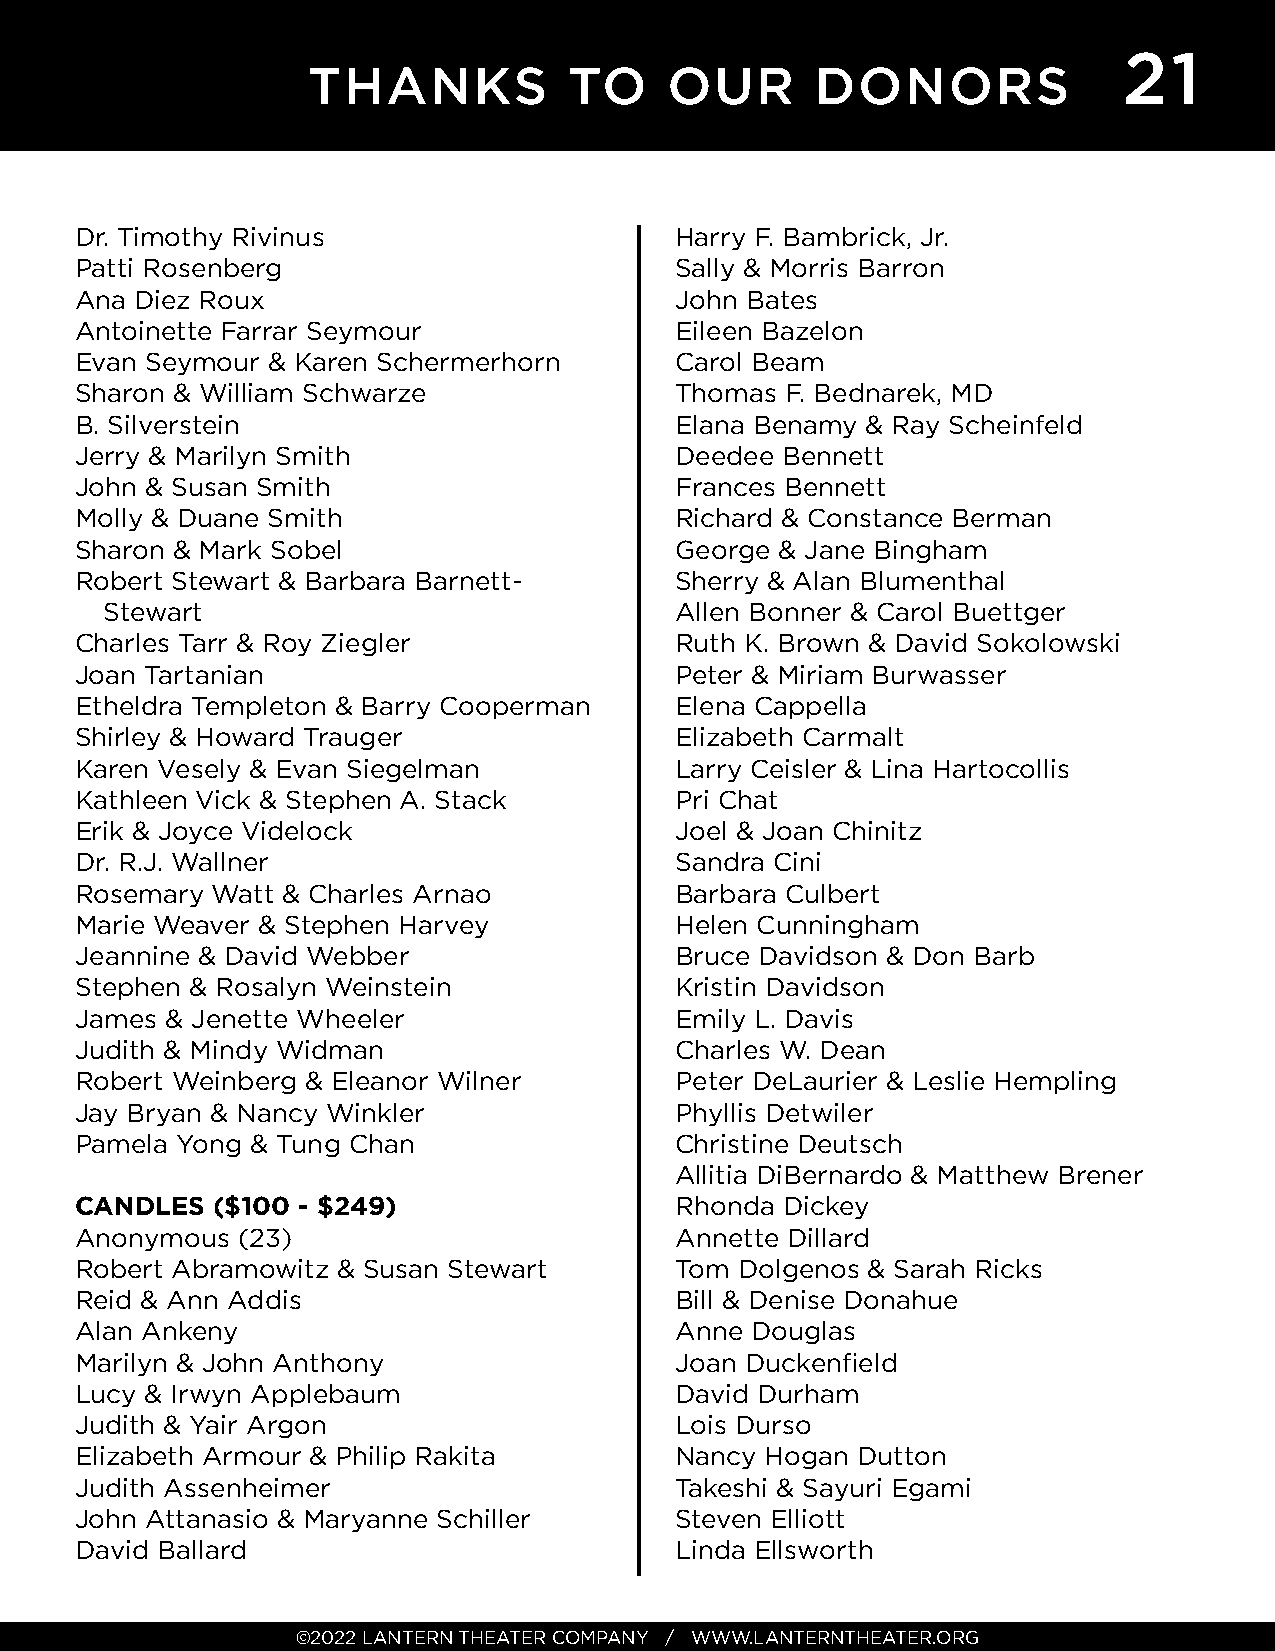
21
 THANKS            TO    OUR       DONORS
 Dr. Timothy Rivinus                     Harry F. Bambrick, Jr.
 Patti Rosenberg                         Sally & Morris Barron
 Ana Diez Roux                           John Bates
 Antoinette Farrar Seymour               Eileen Bazelon
 Evan Seymour & Karen Schermerhorn       Carol Beam
 Sharon & William Schwarze               Thomas F. Bednarek, MD
 B. Silverstein                          Elana Benamy & Ray Scheinfeld
 Jerry & Marilyn Smith                   Deedee Bennett
 John & Susan Smith                      Frances Bennett
 Molly & Duane Smith                     Richard & Constance Berman
 Sharon & Mark Sobel                     George & Jane Bingham
 Robert Stewart & Barbara Barnett-       Sherry & Alan Blumenthal
 Stewart                               Allen Bonner & Carol Buettger
 Charles Tarr & Roy Ziegler              Ruth K. Brown & David Sokolowski
 Joan Tartanian                          Peter & Miriam Burwasser
 Etheldra Templeton & Barry Cooperman    Elena Cappella
 Shirley & Howard Trauger                Elizabeth Carmalt
 Karen Vesely & Evan Siegelman           Larry Ceisler & Lina Hartocollis
 Kathleen Vick & Stephen A. Stack        Pri Chat
 Erik & Joyce Videlock                   Joel & Joan Chinitz
 Dr. R.J. Wallner                        Sandra Cini
 Rosemary Watt & Charles Arnao           Barbara Culbert
 Marie Weaver & Stephen Harvey           Helen Cunningham
 Jeannine & David Webber                 Bruce Davidson & Don Barb
 Stephen & Rosalyn Weinstein             Kristin Davidson
 James & Jenette Wheeler                 Emily L. Davis
 Judith & Mindy Widman                   Charles W. Dean
 Robert Weinberg & Eleanor Wilner        Peter DeLaurier & Leslie Hempling
 Jay Bryan & Nancy Winkler               Phyllis Detwiler
 Pamela Yong & Tung Chan                 Christine Deutsch
 Allitia DiBernardo & Matthew Brener
 CANDLES  ($100 - $249)                  Rhonda Dickey
 Anonymous  (23)                         Annette Dillard
 Robert Abramowitz & Susan Stewart       Tom Dolgenos & Sarah Ricks
 Reid & Ann Addis                        Bill & Denise Donahue
 Alan Ankeny                             Anne Douglas
 Marilyn & John Anthony                  Joan Duckenfi eld
 Lucy & Irwyn Applebaum                  David Durham
 Judith & Yair Argon                     Lois Durso
 Elizabeth Armour & Philip Rakita        Nancy Hogan Dutton
 Judith Assenheimer                      Takeshi & Sayuri Egami
 John Attanasio & Maryanne Schiller      Steven Elliott
 David Ballard                           Linda Ellsworth
 ©2022 LANTERN THEATER COMPANY / WWW.LANTERNTHEATER.ORG